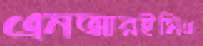
এনআরইসিএ